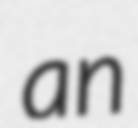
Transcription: an